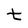
Character: t